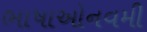
ભાષાઓનવમી